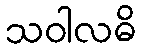
သဝါလဓိ